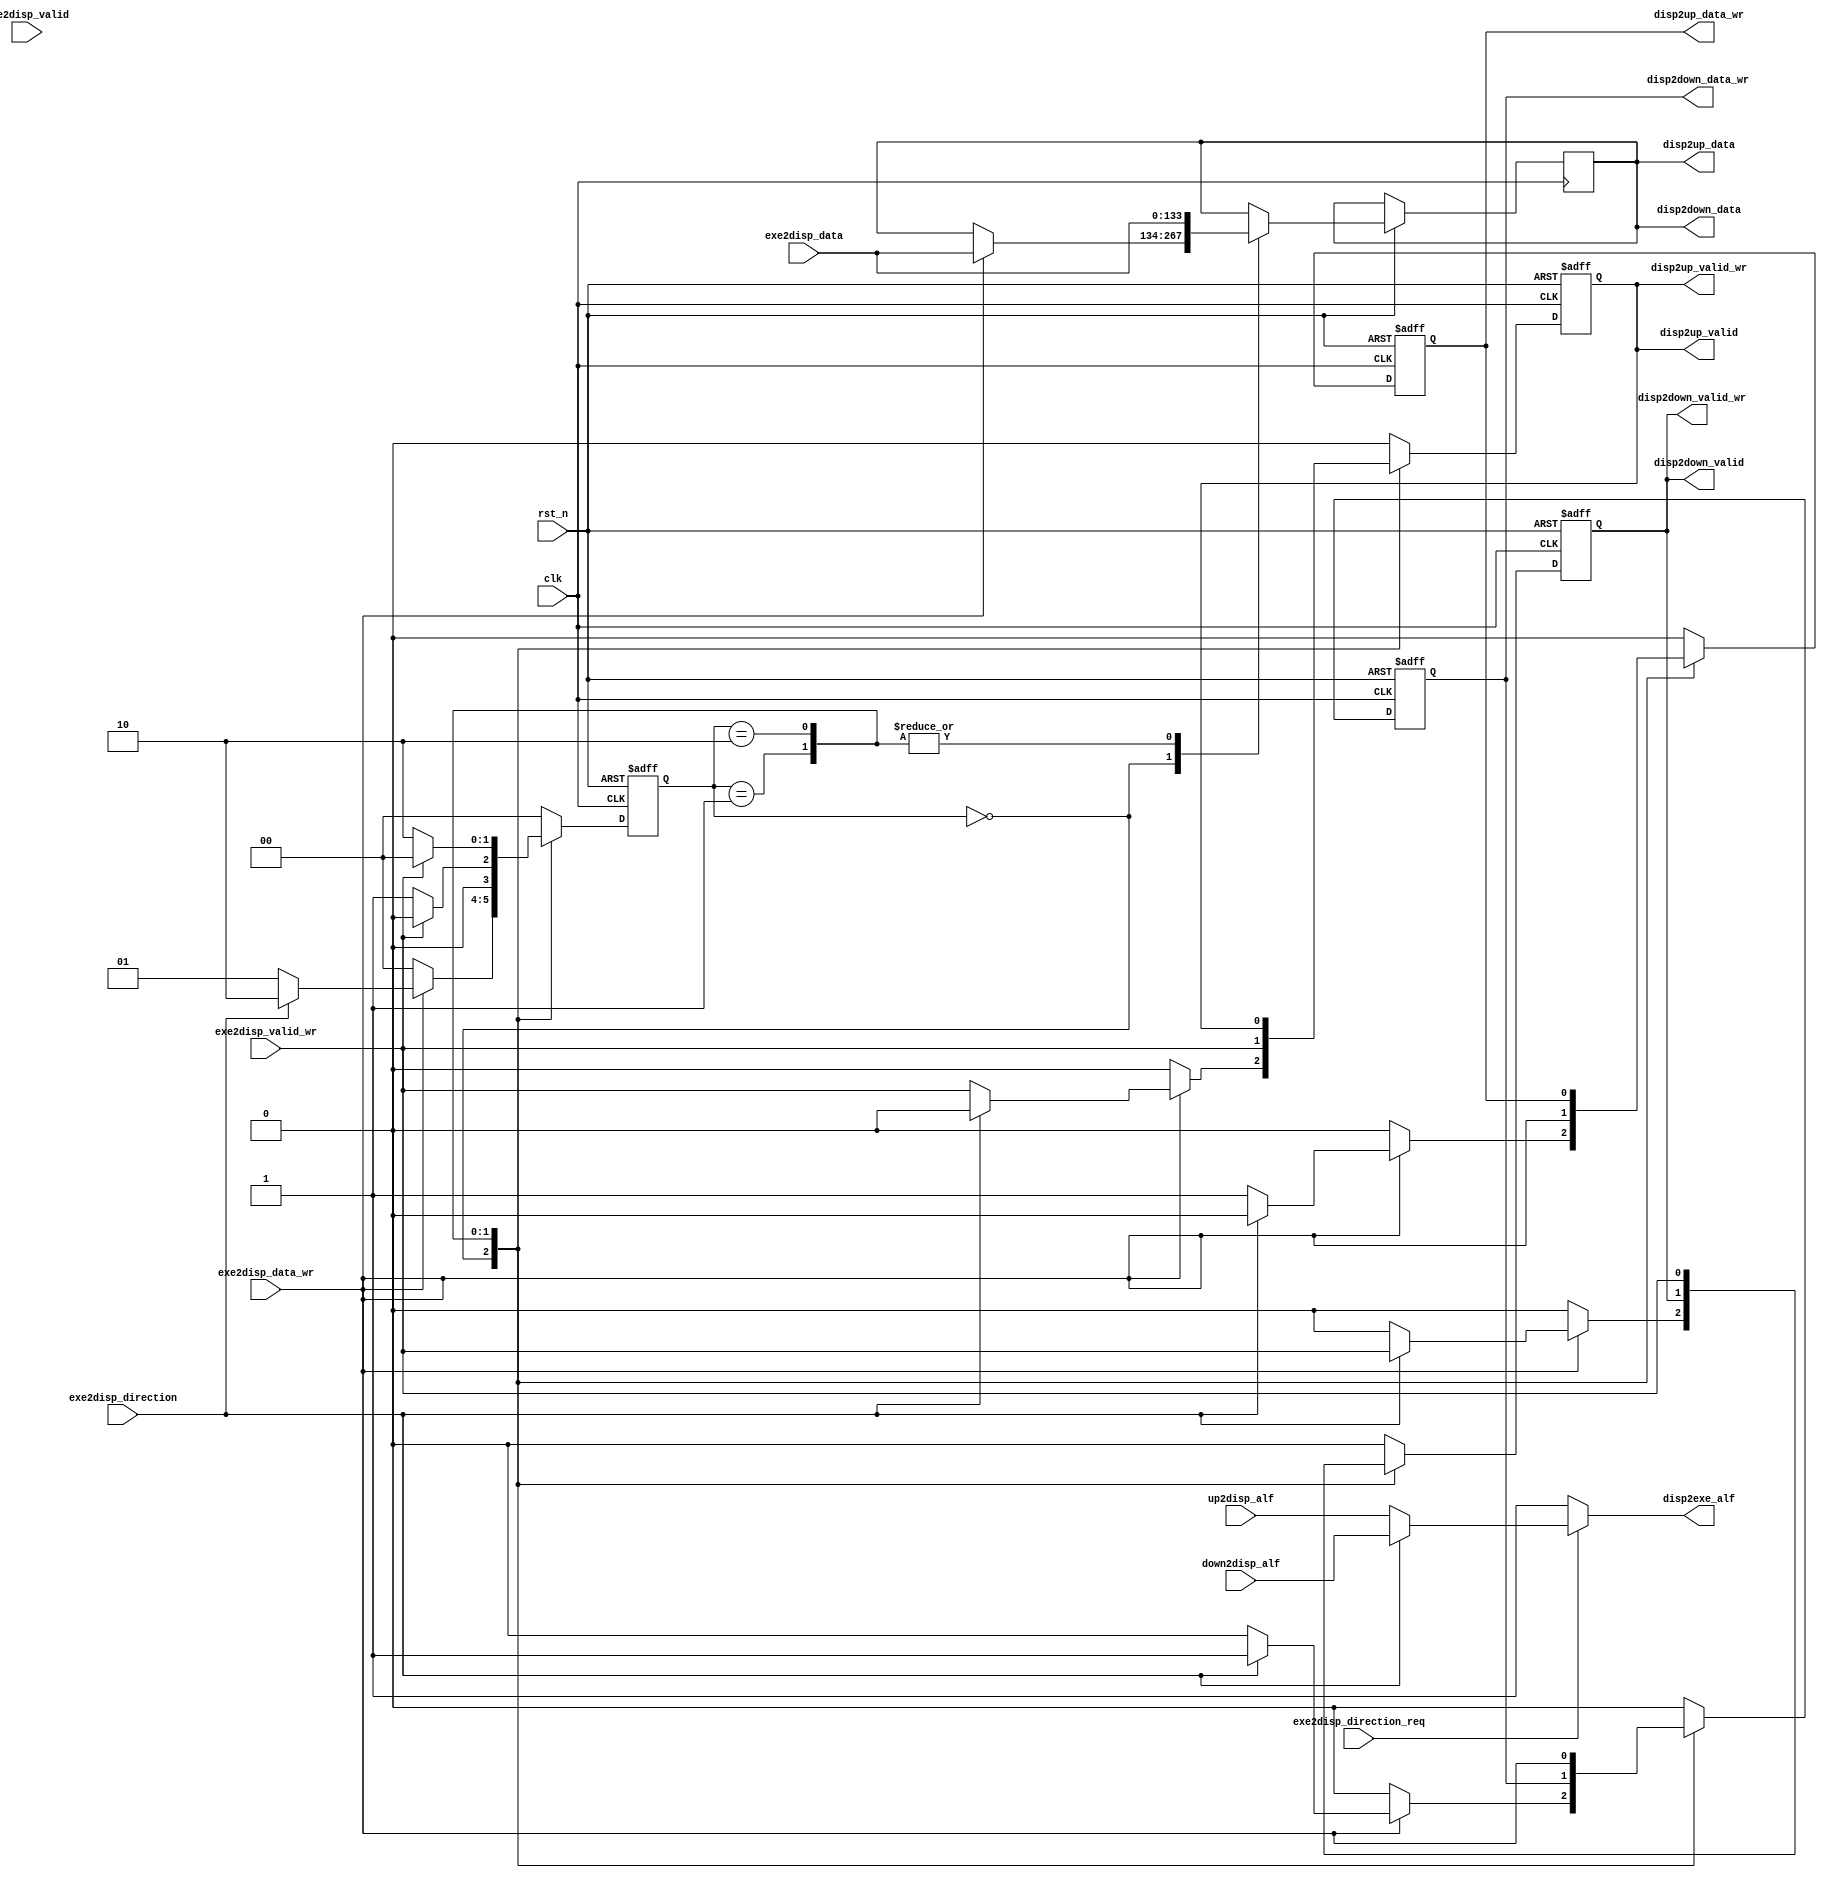
module dispatch(
    input clk,
    input rst_n,
//execute module's pkt waiting for transmit
    input exe2disp_data_wr,
    input [133:0] exe2disp_data,
    input exe2disp_valid_wr,
    input exe2disp_valid,
    output reg disp2exe_alf,
//execute's tranmit direction request
    input exe2disp_direction_req,
    input exe2disp_direction,//0:up cpu  1: down port 
//transmit to up cpu
    output reg disp2up_data_wr,
    output  [133:0] disp2up_data,
    output reg disp2up_valid_wr,
    output disp2up_valid,
    input up2disp_alf,
//transmit to down port
    output reg disp2down_data_wr,
    output  [133:0] disp2down_data,
    output reg disp2down_valid_wr,
    output disp2down_valid,
    input down2disp_alf
);

//***************************************************
//        Intermediate variable Declaration
//***************************************************
//all wire/reg/parameter variable 
//should be declare below here 

reg [133:0] data_buff;
//only 1 stream path would be select at a time,so no need 2 set data registers
reg [1:0] disp_state;
//***************************************************
//                 Transmit Judge
//***************************************************
assign disp2up_data = data_buff;
assign disp2down_data = data_buff;

assign disp2up_valid = disp2up_valid_wr;
assign disp2down_valid = disp2down_valid_wr;

//receive controll ,ctrl by disp2exe_alf
//if set to 1,execute must not send pkt to dispatch
always @ * begin
    if(exe2disp_direction_req == 1'b1) begin
        if(exe2disp_direction == 1'b0) begin//request send to up cpu
            disp2exe_alf = up2disp_alf;
        end
        else begin//request send to down port
            disp2exe_alf = down2disp_alf;
        end
    end
    else begin
        disp2exe_alf = 1'b1;//don't permit execute send pkt
    end
end


//pkt data transmit
localparam  IDLE_S = 2'd0,
            TRANS_UP_S = 2'd1,
            TRANS_DOWN_S = 2'd2;
            
always @(posedge clk or negedge rst_n) begin
    if(rst_n == 1'b0) begin
        disp2up_data_wr <= 1'b0;
        disp2up_valid_wr <= 1'b0;
        disp2down_data_wr <= 1'b0;
        disp2down_valid_wr <= 1'b0;
        disp_state <= IDLE_S;
    end
    else begin
        case(disp_state)
            IDLE_S: begin
                if(exe2disp_data_wr == 1'b1) begin//trans start
                    data_buff <= exe2disp_data;
                    if(exe2disp_direction == 1'b0) begin//request send to up cpu
                        disp2up_data_wr <= exe2disp_data_wr;
                        disp2up_valid_wr <= exe2disp_valid_wr;
                        disp2down_data_wr <= 1'b0;
                        disp2down_valid_wr <= 1'b0;
                        disp_state <= TRANS_UP_S;
                    end
                    else begin//request send to down port
                        disp2up_data_wr <= 1'b0;
                        disp2up_valid_wr <= 1'b0;
                        disp2down_data_wr <= exe2disp_data_wr;
                        disp2down_valid_wr <= exe2disp_valid_wr;
                        disp_state <= TRANS_DOWN_S;
                    end
                end
                else begin
                    disp2up_data_wr <= 1'b0;
                    disp2up_valid_wr <= 1'b0;
                    disp2down_data_wr <= 1'b0;
                    disp2down_valid_wr <= 1'b0;
                    disp_state <= IDLE_S;
                end
            end
            
            TRANS_UP_S: begin
                data_buff <= exe2disp_data;
                disp2up_data_wr <= exe2disp_data_wr;
                disp2up_valid_wr <= exe2disp_valid_wr;
                if(exe2disp_valid_wr == 1'b1) begin//trans end
                    disp_state <= IDLE_S;
                end
                else begin
                    disp_state <= TRANS_UP_S;
                end
            end
            
            TRANS_DOWN_S: begin
                data_buff <= exe2disp_data;
                disp2down_data_wr <= exe2disp_data_wr;
                disp2down_valid_wr <= exe2disp_valid_wr;
                if(exe2disp_valid_wr == 1'b1) begin//trans end
                    disp_state <= IDLE_S;
                end
                else begin
                    disp_state <= TRANS_DOWN_S;
                end
            end
            
            default: begin
                disp2up_data_wr <= 1'b0;
                disp2up_valid_wr <= 1'b0;
                disp2down_data_wr <= 1'b0;
                disp2down_valid_wr <= 1'b0;
                disp_state <= IDLE_S;
            end
        endcase
        
    end
end

endmodule